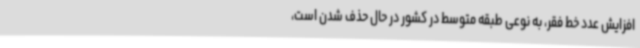
افزایش عدد خط فقر، به نوعی طبقه متوسط در کشور در حال حذف شدن است،